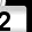
Digit: 2